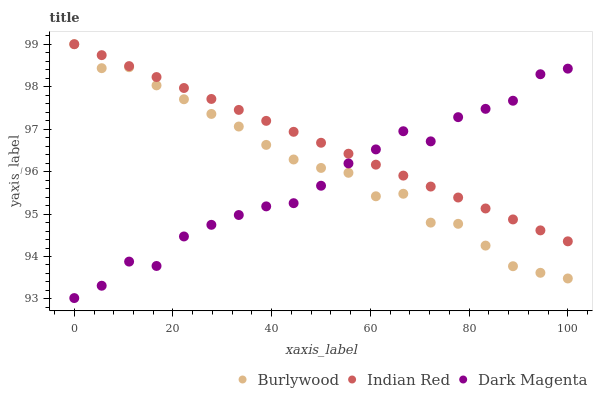
| xaxis_label | Burlywood | Indian Red | Dark Magenta |
 | --- | --- | --- | --- |
 | 0 | 99 | 99 | 93 |
 | 5.56 | 98.4 | 98.7 | 93.3 |
 | 11.1 | 98.5 | 98.5 | 93.9 |
 | 16.7 | 98 | 98.2 | 93.8 |
 | 22.2 | 97.7 | 98 | 94.5 |
 | 27.8 | 97.4 | 97.7 | 94.7 |
 | 33.3 | 97.1 | 97.5 | 95 |
 | 38.9 | 96.6 | 97.2 | 95.2 |
 | 44.4 | 96.3 | 96.9 | 95.3 |
 | 50 | 96.1 | 96.7 | 95.7 |
 | 55.6 | 96 | 96.4 | 96.2 |
 | 61.1 | 95.4 | 96.2 | 96.5 |
 | 66.7 | 95.5 | 95.9 | 97 |
 | 72.2 | 94.8 | 95.6 | 96.7 |
 | 77.8 | 94.8 | 95.4 | 97.3 |
 | 83.3 | 94.3 | 95.1 | 97.5 |
 | 88.9 | 93.8 | 94.9 | 97.7 |
 | 94.4 | 93.6 | 94.6 | 98.3 |
 | 100 | 93.5 | 94.4 | 98.4 |